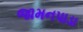
જામનપાડા